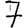
Digit: 7